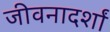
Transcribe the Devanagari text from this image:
जीवनादर्शां